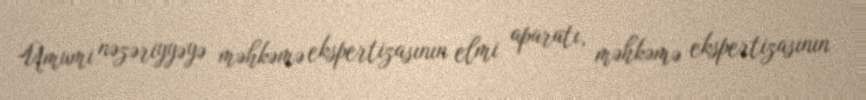
Ümumi nəzəriyyəyə məhkəmə ekspertizasının elmi aparatı, məhkəmə ekspertizasının